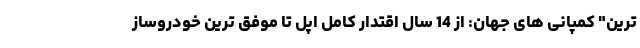
ترین" کمپانی های جهان: از 14 سال اقتدار کامل اپل تا موفق ترین خودروساز